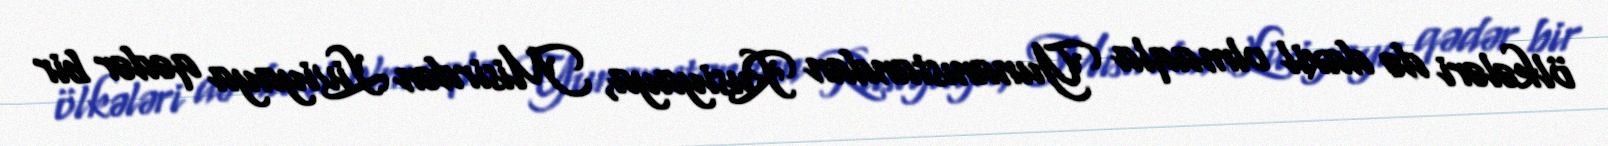
ölkələri də daxil olmaqla Yunanıstandan Rusiyaya, Misirdən Liviyaya qədər bir